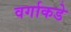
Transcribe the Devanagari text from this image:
वर्गाकडे